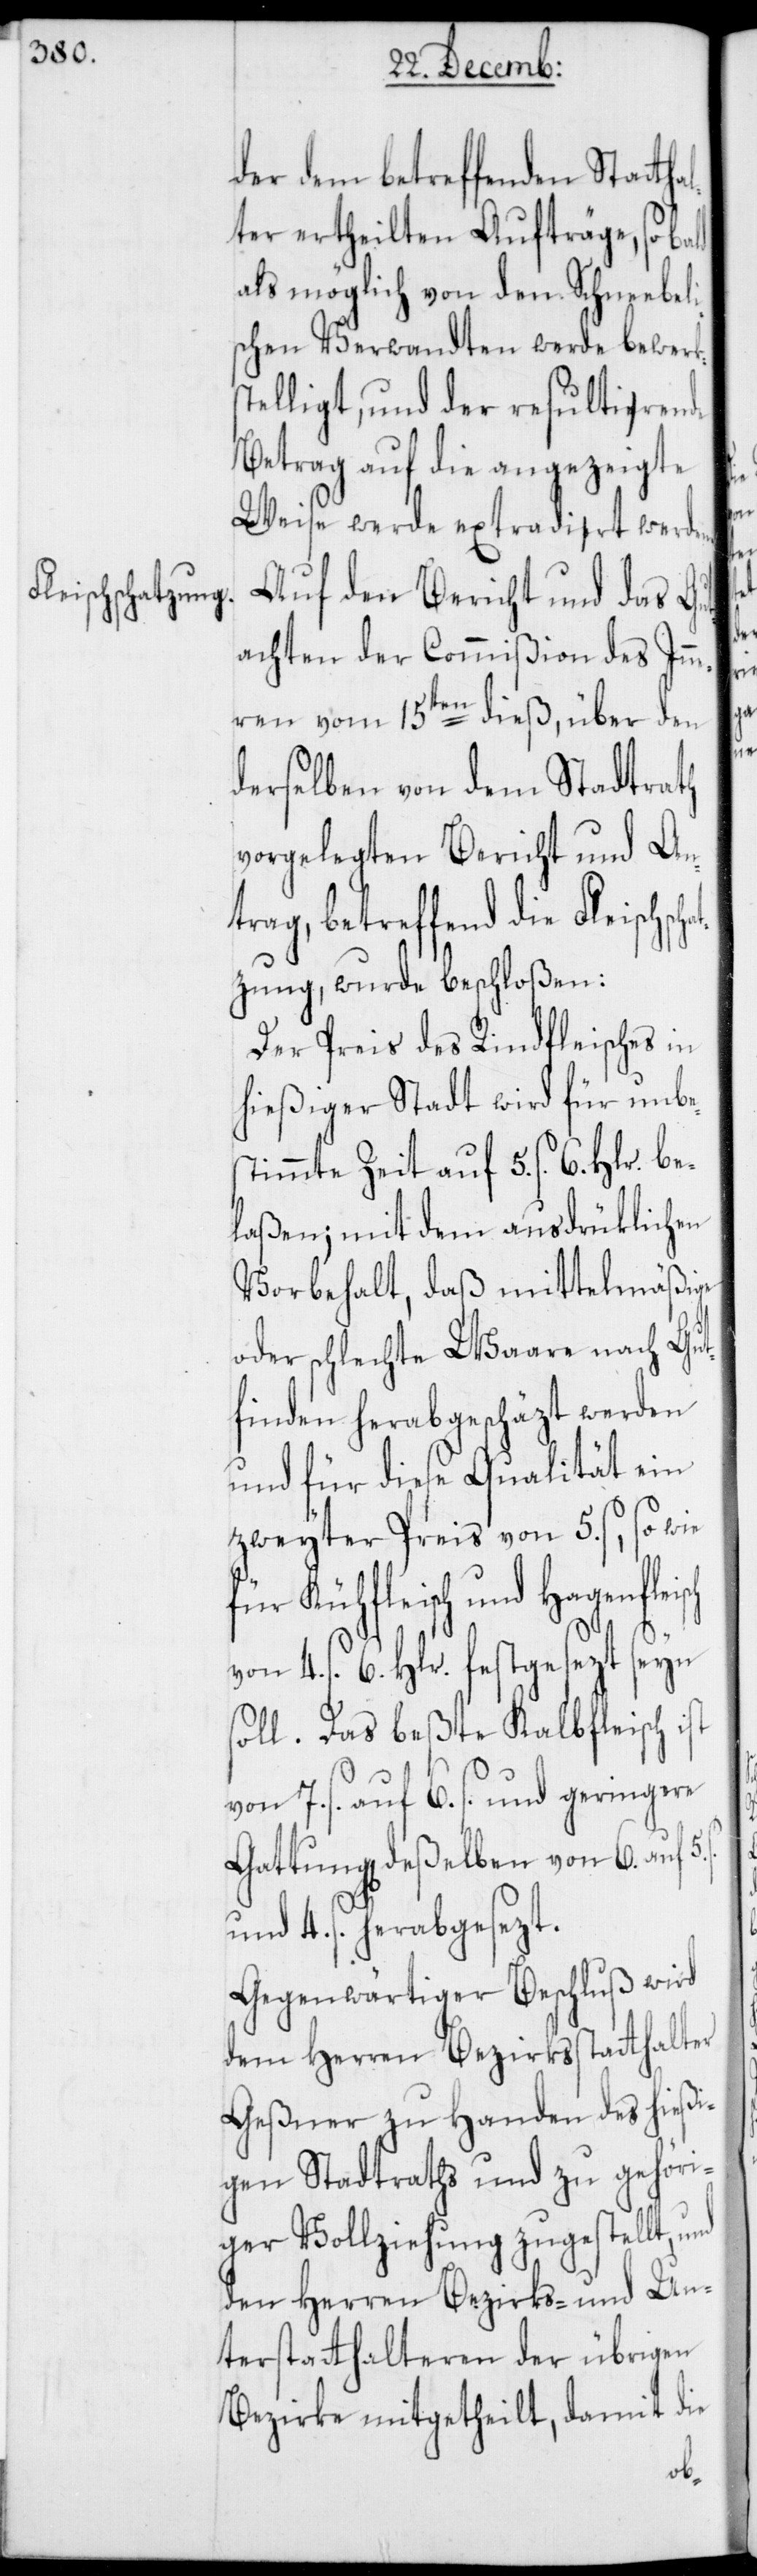
der dem betreffenden Stattha¬
lter ertheilten Aufträge, so bald
als möglich von den Schneebeli¬
schen Verwandten werde bewerks¬
telligt, und der resultia-e-ar¬
Betrag auf die angezeigte
Weise werde extradia-e-art werd¬
Auf den Bericht und das Gut¬
achten der Commißion des Inn¬
eren vom 15ten dieß, über den
derselben von dem Stadtrath
vorgelegten Bericht und An¬
trag, betreffend die Fleischsc¬
tzung, wurde beschloßen:
Der Preis des Rindfleisches in
hießiger Stadt wird für unbe¬
immte Zeit auf 5. ß. 6. Hlr.
laßen; mit dem ausdrüklichen
Vorbehalt, daß mittelmäßige
oder schlechte Waare nach Gut¬
finden herabgeschäzt werden
und für diese Qualität ein
zweyter Preis von 5. ß, so wie
für Kühfleisch und Hagenflei¬
4. ß. 6. Hlr. festgesezt seyn
soll. Das beßte Kalbfleisch ist
von 7. ß. auf 6. ß., und geringere
Gattung deßelben von 6. auf 5.
und 4. ß. herabgesezt.
Gegenwärtiger Beschluß wird
dem Herren Bezirksstatthalter
Geßner zu Handen des hießi¬
gen Stadtraths und zu gehöri¬
ger Vollziehung zugestellt,
den Herren Bezirks- und Un¬
terstatthalteren der übrigen
Bezirke mitgetheilt, damit die
sch